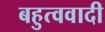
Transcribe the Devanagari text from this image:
बहुत्ववादी